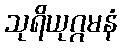
သုရိယုဂ္ဂမနံ